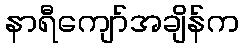
နာရီကျော်အချိန်က